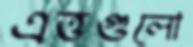
এত্তগুলো